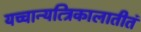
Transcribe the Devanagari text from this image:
यच्चान्यत्त्रिकालातीतं